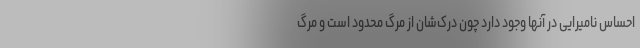
احساس نامیرایی در آنها وجود دارد چون درک‌شان از مرگ محدود است و مرگ